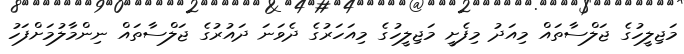
މަޖިލީހުގެ ޖަލްސާތައް މިއަދު މިފެށީ މަޖިލީހުގެ މިއަހަރުގެ ދެވަނަ ދައުރުގެ ޖަލްސާތައް ނިންމާލުމަށްފަހު